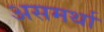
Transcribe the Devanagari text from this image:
असमर्था